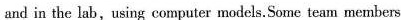
and in the lab, using computer models. Some team members